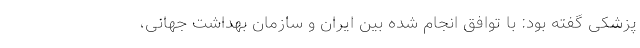
پزشکی گفته بود: با توافق انجام شده بین ایران و سازمان بهداشت جهانی،